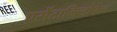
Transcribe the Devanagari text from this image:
एसेंटामिनोफेन